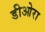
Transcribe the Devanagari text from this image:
डीओरा